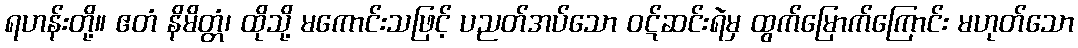
ရဟန်းတို့။ ဧတံ နိမိတ္တံ၊ ထိုသို့ မကောင်းသဖြင့် ပညတ်အပ်သော ဝဋ်ဆင်းရဲမှ ထွက်မြောက်ကြောင်း မဟုတ်သော